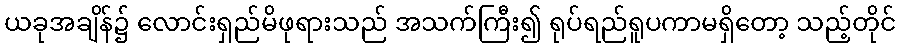
ယခုအချိန်၌ လောင်းရှည်မိဖုရားသည် အသက်ကြီး၍ ရုပ်ရည်ရူပကာမရှိတော့ သည့်တိုင်